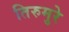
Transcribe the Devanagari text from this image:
तिरुमुरे